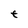
Character: t